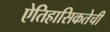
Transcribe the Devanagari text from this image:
ऐतिहासिकतेची